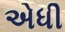
એધી